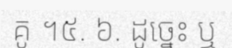
គូ ។៥. ៦. ដូច្នេះ ឬ